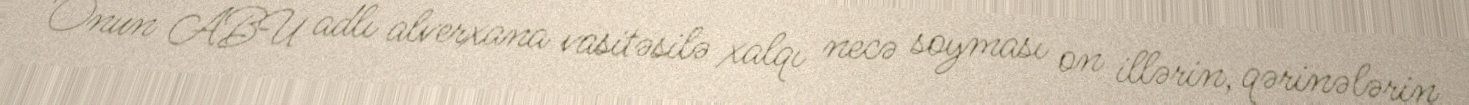
Onun ABU adlı alverxana vasitəsilə xalqı necə soyması on illərin, qərinələrin